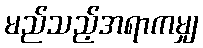
မည်သည့်အရာကမျှ